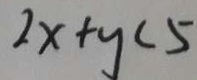
2 x + y < 5